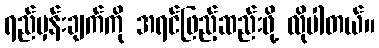
ရည်မှန်းချက်ကို အရင်ဖြည့်ဆည်းဖို့ လိုပါတယ်။